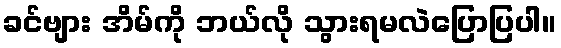
ခင်ဗျား အိမ်ကို ဘယ်လို သွားရမလဲပြောပြပါ။